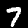
Label: 7